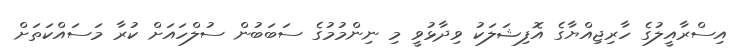
އިސްރާއީލުގެ ހާރިޖިއްޔާގެ އޮފިޝަލަކު ވިދާޅުވީ މި ނިންމުމުގެ ސަބަބުން ސުލްހައަށް ކުރާ މަސައްކަތަށް